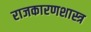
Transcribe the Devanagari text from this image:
राजकारणशास्त्र